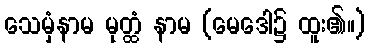
သေမှံနာမ မုတ္ထံ နာမ (မေဒေါ၌ ထူး၏။)